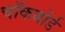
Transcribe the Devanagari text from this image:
चॉकबोर्ड